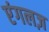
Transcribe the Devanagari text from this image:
एंगलज़